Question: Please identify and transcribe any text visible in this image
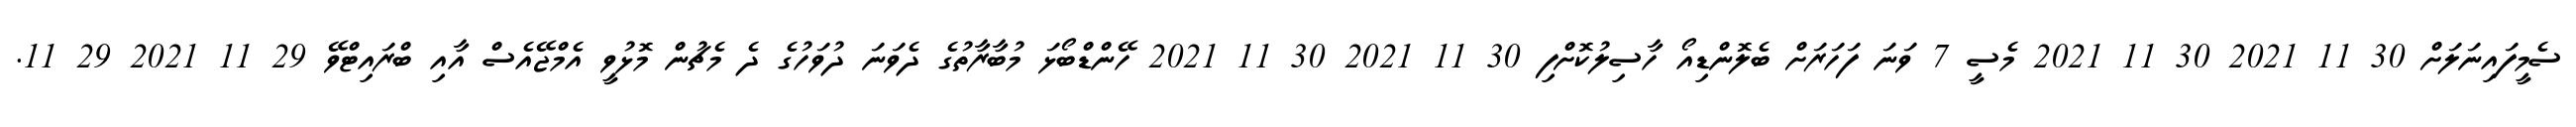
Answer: ސެމީފައިނަލަށް 30 11 2021 30 11 2021 މެސީ 7 ވަނަ ފަހަރަށް ބެލޮންޑިއޯ ހާސިލުކޮށްފި 30 11 2021 30 11 2021 ހޭންޑްބޯޅަ މުބާރާތުގެ ދެވަނަ ދުވަހުގެ ދެ މެޗުން މޮޅުވީ އެމްޖޭއެސް އާއި ބްރައިޓްވޭ 29 11 2021 29 11.